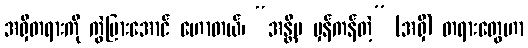
အရှိတရားကို ကွဲပြားအောင် ဟောတယ်၊ “အန္တိမ မှန်ကန်တဲ့” (အရှိ) တရားတွေဟာ